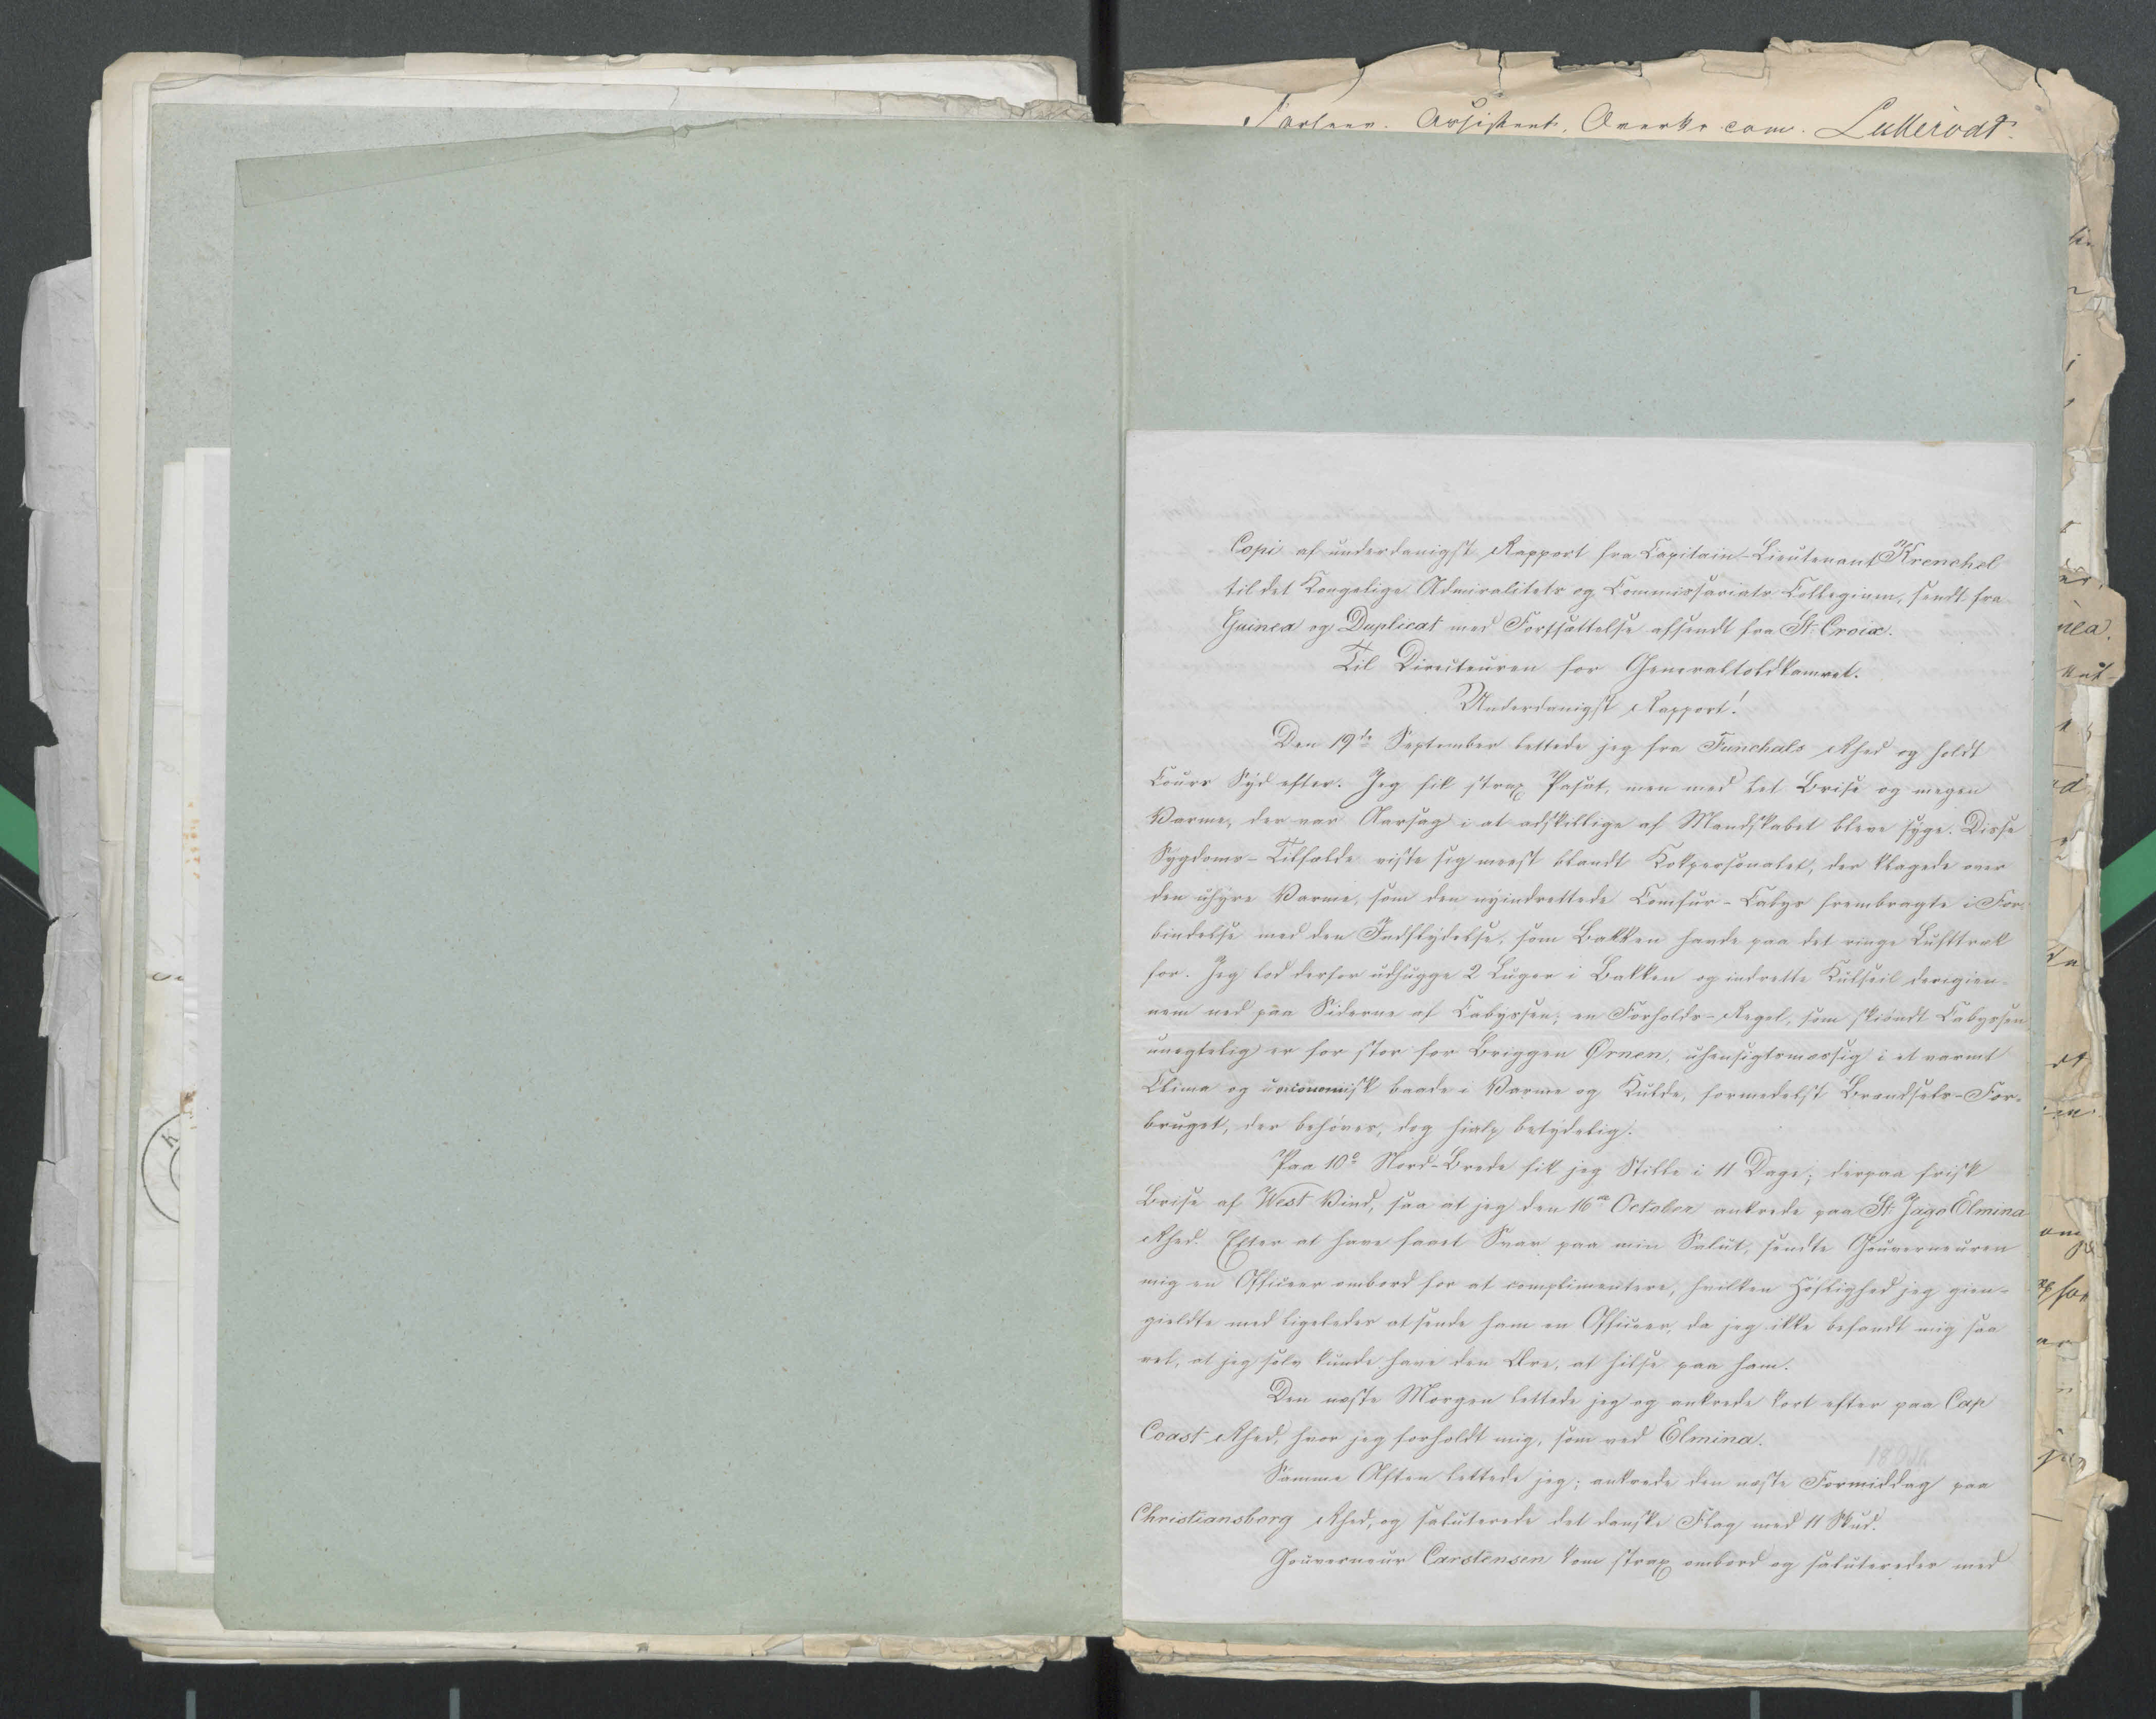
Transkription:
Copi af underdanigst Rapport fra Capitain-Lieutenant Krenchel
til det Kongelige Admiralitets og Commissariats Collegium sendt fra
Guinea og Duplicat med Forssættelse afsendt fra St: Croix.
Til Directeuren for Generaltoldkamret.
Underdanigst Rapport!
Den 19de September lettede jeg fra Funchals Rhed og holdt
Cours Syd efter. Jeg fik strax ???, men med let Brise og megen
Varme, der var Aarsag i at adskillige af Mandskabet bleve syge. Disse
Sygdoms-Tilfælde viste sig meest blandt Kokpersonalet, der klagede over
den uhyre Varme, som den nyindrettede Comfur - Cabys frembragte i For=
bindelse mod den Indflydelse, som Bakken havde paa det ringe Lufttræk
for. Jeg lod derfor udhugge 2 Luger i Bakken og indrette Kulseil derigien=
nem ned paa Siderne af Cabyssen; en Forholds-Regel, som skiøndt Cabyssen
unegtelig er for stor for Briggen Ørnen, uhensigtsmæssig i et varmt
Clima og uoconomisk baade i Varme og Kulde, formedelst Brændsels-For=
bruget, der behøves, dog hialp betydelig.
Paa 10° Nord-Brede fik jeg Stille i 11 Dage, derpaa frisk
Brise af West Vind, saa at jeg den 16de October ankrede paa St: Jago Elmina
Thed. Efter at have faaet Svar paa min Salut sendte Gouverneuren
mig en Officeer ombord for at complimentere hvilken Høflighed jeg gien=
gieldte med ligeledes at sende ham en Officeer, da jeg ikke befandt mig saa
vel, at jeg selv kunde have den Ære, at hilse paa ham.
Den næste Morgen lettede jeg og ankrede kort efter paa Cap
Coast Rhed, hvor jeg forholdt mig, som ved Elmina.
Samme Aften lettede jeg; ankrede den næste Formiddag paa
Christiansborg Rhed, og saluterede det danske Flag med 11 Skud.
Gouverneur Carstensen kom strax ombord og saluterede med